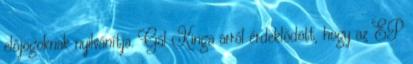
előjogoknak nyilvánítja. Gál Kinga arról érdeklődött, hogy az EP